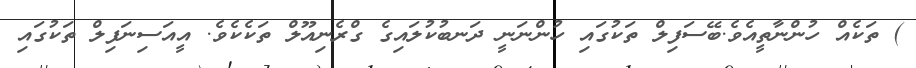
) ތަކެއް ހުންނާތީއެވެ.ބޭސަފިލް ތަކުގައި ހުންނަނީ ދަނބުކުލައިގެ ގްރެނިއޫލް ތަކެކެވެ. އީއަސިނަފިލް ތަކުގައި